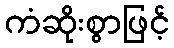
ကံဆိုးစွာဖြင့်